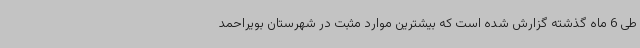
طی 6 ماه گذشته گزارش شده است که بیشترین موارد مثبت در شهرستان بویراحمد